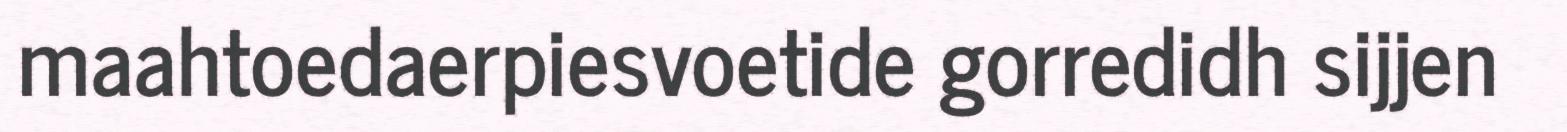
maahtoedaerpiesvoetide gorredidh sijjen